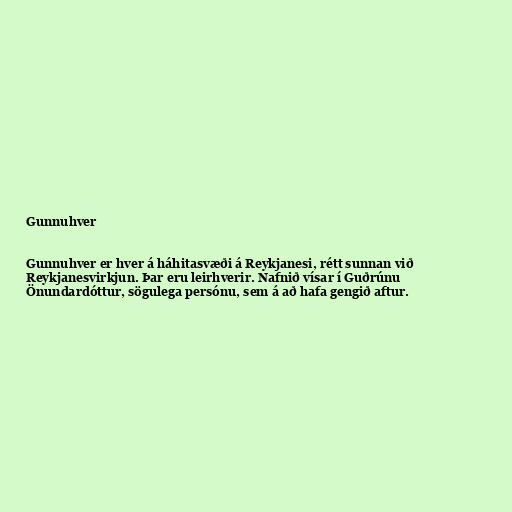
Gunnuhver

Gunnuhver er hver á háhitasvæði á Reykjanesi, rétt sunnan við
Reykjanesvirkjun. Þar eru leirhverir. Nafnið vísar í Guðrúnu
Önundardóttur, sögulega persónu, sem á að hafa gengið aftur.